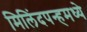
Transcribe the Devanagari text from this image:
मिलिंदपन्हमध्ये